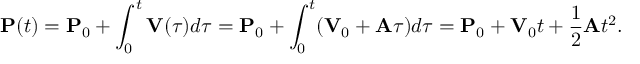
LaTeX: \mathbf { P } ( t ) = \mathbf { P } _ { 0 } + \int _ { 0 } ^ { t } \mathbf { V } ( \tau ) d \tau = \mathbf { P } _ { 0 } + \int _ { 0 } ^ { t } ( \mathbf { V } _ { 0 } + \mathbf { A } \tau ) d \tau = \mathbf { P } _ { 0 } + \mathbf { V } _ { 0 } t + { \frac { 1 } { 2 } } \mathbf { A } t ^ { 2 } .